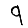
Digit: 9